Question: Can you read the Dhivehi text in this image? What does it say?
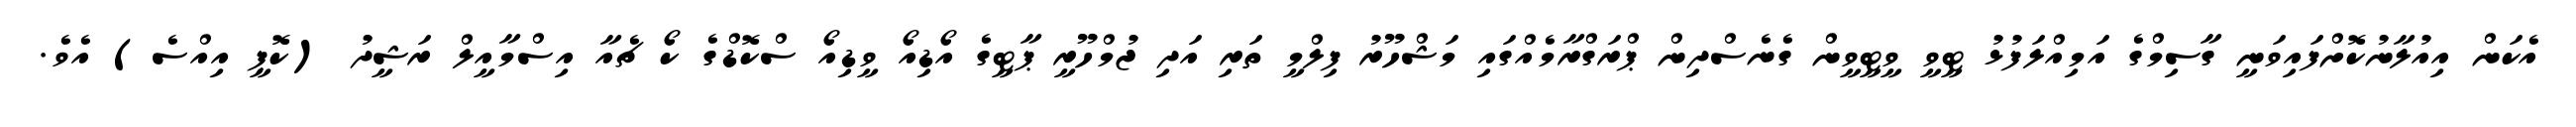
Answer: އެކަން އިއުލާނުކޮށްފައިވަނީ ގާސިމްގެ އަމިއްލަފުޅު ޓީވީ ވީޓީވީން ގެނެސްދިން ޕްރަގްރާމެއްގައި މަޝްހޫރު ފިލްމީ ތަރި އަދި ޖުމްހޫރީ ޕާޓީގެ އޯޑިއޯ ވީޑިއޯ ސްކޮޑްގެ ކޯ ޗެއާ އިސްމާއީލް ރަޝީދު (ކޮޕީ އިއްސެ) އެވެ.